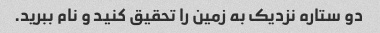
دو ستاره نزدیک به زمین را تحقیق کنید و نام ببرید.